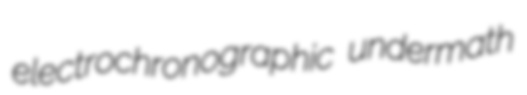
electrochronographic undermath